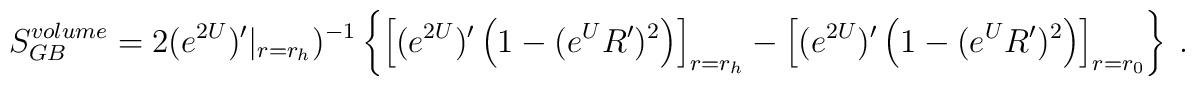
S_{GB}^{volume} =  2  (e^{2U})'|_{r=r_h})^{-1} \left\{ \left[(e^{2U})'\left(1 - (e^{U} R')^2\right)\right]_{r=r_h} - \left[(e^{2U})'\left(1 - (e^{U} R')^2\right)\right]_{r = r_0}   \right\} \ .